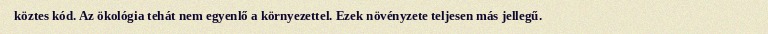
köztes kód. Az ökológia tehát nem egyenlő a környezettel. Ezek növényzete teljesen más jellegű.